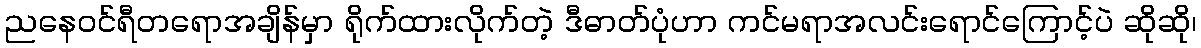
ညနေဝင်ရီတရောအချိန်မှာ ရိုက်ထားလိုက်တဲ့ ဒီဓာတ်ပုံဟာ ကင်မရာအလင်းရောင်ကြောင့်ပဲ ဆိုဆို၊